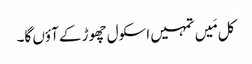
کل مَیں تمہیں اسکول چھوڑ کے آؤں گا۔